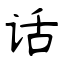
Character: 话